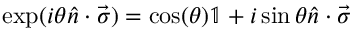
\exp ( i \theta \hat { n } \cdot \vec { \sigma } ) = \cos ( \theta ) \mathbb { 1 } + i \sin \theta \hat { n } \cdot \vec { \sigma }